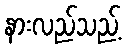
နားလည်သည့်